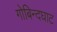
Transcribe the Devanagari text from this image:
गोबिन्दघाट